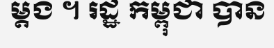
ម្តង ។ រដ្ឋ កម្ពុជា បាន